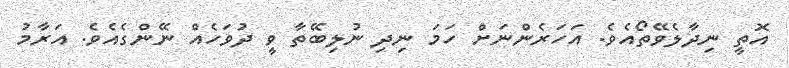
އޮތީ ނިދާލެވޭތޯއެވެ. އަހަރެންނަށް ހަމަ ނިދި ނުލިބޭތާ ވީ ދުވަހެއް ނޭންގެއެވެ. އަރާމު